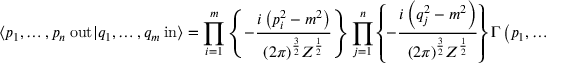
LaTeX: \langle p _ { 1 } , \ldots , p _ { n } \ \mathrm { o u t } | q _ { 1 } , \ldots , q _ { m } \ \mathrm { i n } \rangle = \prod _ { i = 1 } ^ { m } \left\{ - { \frac { i \left( p _ { i } ^ { 2 } - m ^ { 2 } \right) } { ( 2 \pi ) ^ { \frac { 3 } { 2 } } Z ^ { \frac { 1 } { 2 } } } } \right\} \prod _ { j = 1 } ^ { n } \left\{ - { \frac { i \left( q _ { j } ^ { 2 } - m ^ { 2 } \right) } { ( 2 \pi ) ^ { \frac { 3 } { 2 } } Z ^ { \frac { 1 } { 2 } } } } \right\} \Gamma \left( p _ { 1 } , \ldots , p _ { n } ; - q _ { 1 } , \ldots , - q _ { m } \right)